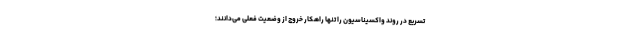
تسریع در روند واکسیناسیون را تنها راهکار خروج از وضعیت فعلی می‌دانند؛